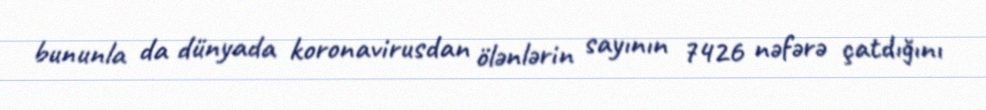
bununla da dünyada koronavirusdan ölənlərin sayının 7426 nəfərə çatdığını